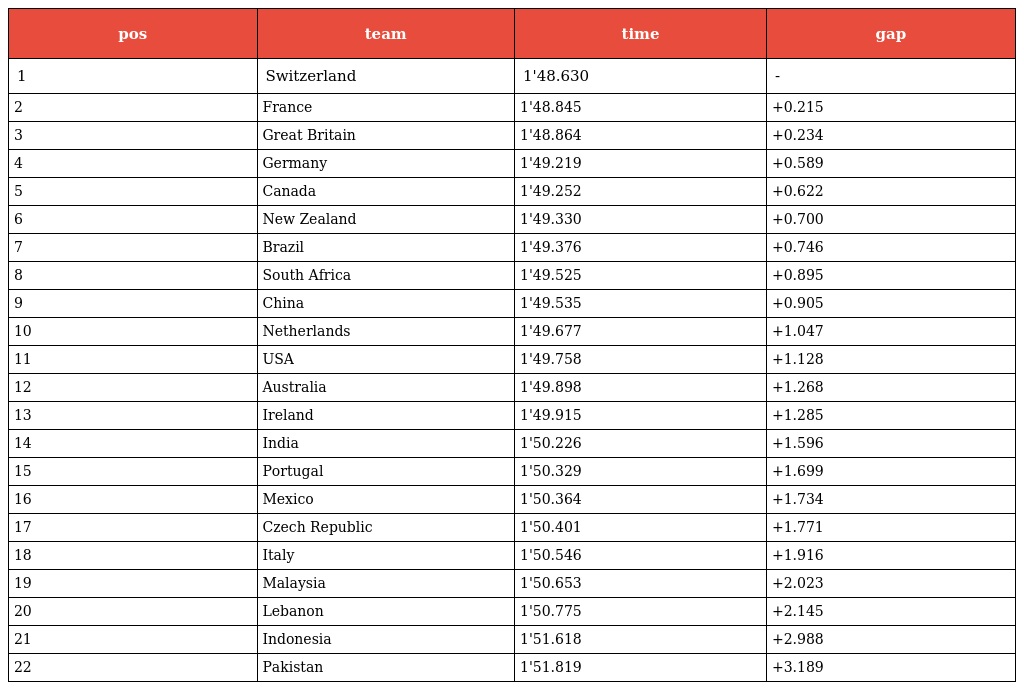
| pos | team | time | gap |
 | --- | --- | --- | --- |
 | 1 | Switzerland | 1'48.630 | - |
 | 2 | France | 1'48.845 | +0.215 |
 | 3 | Great Britain | 1'48.864 | +0.234 |
 | 4 | Germany | 1'49.219 | +0.589 |
 | 5 | Canada | 1'49.252 | +0.622 |
 | 6 | New Zealand | 1'49.330 | +0.700 |
 | 7 | Brazil | 1'49.376 | +0.746 |
 | 8 | South Africa | 1'49.525 | +0.895 |
 | 9 | China | 1'49.535 | +0.905 |
 | 10 | Netherlands | 1'49.677 | +1.047 |
 | 11 | USA | 1'49.758 | +1.128 |
 | 12 | Australia | 1'49.898 | +1.268 |
 | 13 | Ireland | 1'49.915 | +1.285 |
 | 14 | India | 1'50.226 | +1.596 |
 | 15 | Portugal | 1'50.329 | +1.699 |
 | 16 | Mexico | 1'50.364 | +1.734 |
 | 17 | Czech Republic | 1'50.401 | +1.771 |
 | 18 | Italy | 1'50.546 | +1.916 |
 | 19 | Malaysia | 1'50.653 | +2.023 |
 | 20 | Lebanon | 1'50.775 | +2.145 |
 | 21 | Indonesia | 1'51.618 | +2.988 |
 | 22 | Pakistan | 1'51.819 | +3.189 |